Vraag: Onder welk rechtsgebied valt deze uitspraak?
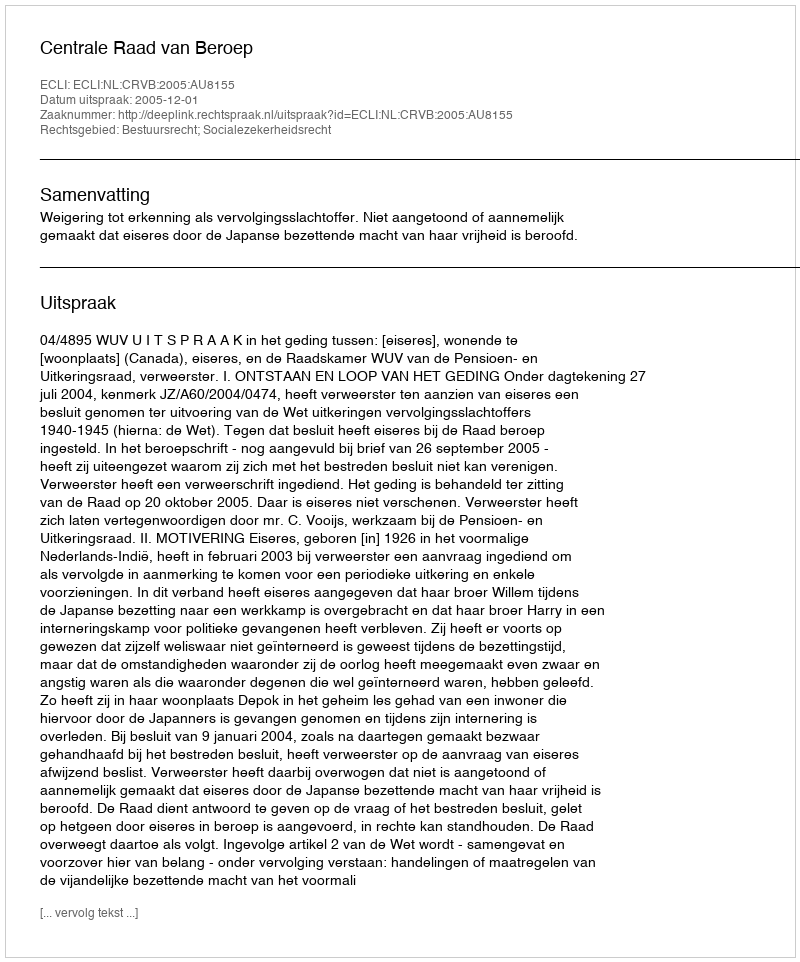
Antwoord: Bestuursrecht; Socialezekerheidsrecht